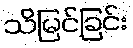
သိမြင်ခြင်း